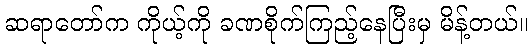
ဆရာတော်က ကိုယ့်ကို ခဏစိုက်ကြည့်နေပြီးမှ မိန့်တယ်။